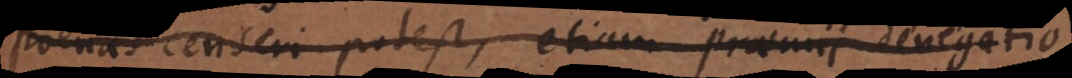
poenas censeri potest, etiam praemii denegatio